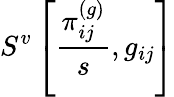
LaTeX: S^{v}\left[\frac{\pi_{ij}^{(g)}}{s},g_{ij}\right]